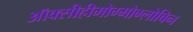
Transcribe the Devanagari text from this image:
ऑक्सीहीमोग्मोग्लोबिन